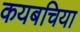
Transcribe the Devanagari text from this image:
कयबचिया